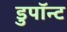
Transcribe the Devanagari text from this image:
डुपॉन्ट